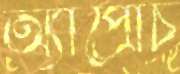
অ্যাপ্রোচ